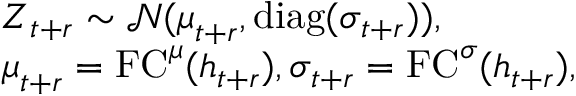
\begin{array} { r l } & { \boldsymbol Z _ { t + r } \sim \mathcal N ( \boldsymbol \mu _ { t + r } , \mathrm { d i a g } ( \boldsymbol \sigma _ { t + r } ) ) , } \\ & { \boldsymbol \mu _ { t + r } = \mathrm { F C } ^ { \mu } ( \boldsymbol h _ { t + r } ) , \boldsymbol \sigma _ { t + r } = \mathrm { F C } ^ { \sigma } ( \boldsymbol h _ { t + r } ) , } \end{array}